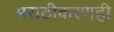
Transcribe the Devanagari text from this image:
मराठीकरणही